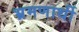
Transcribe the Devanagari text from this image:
भ्रमणार्थी